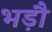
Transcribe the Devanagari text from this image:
भड़ौ